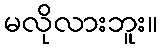
မလိုလားဘူး။